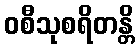
ဝစီသုစရိတန္တိ